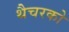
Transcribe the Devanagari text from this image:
थैचरको